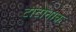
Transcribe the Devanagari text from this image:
टोटोनाक